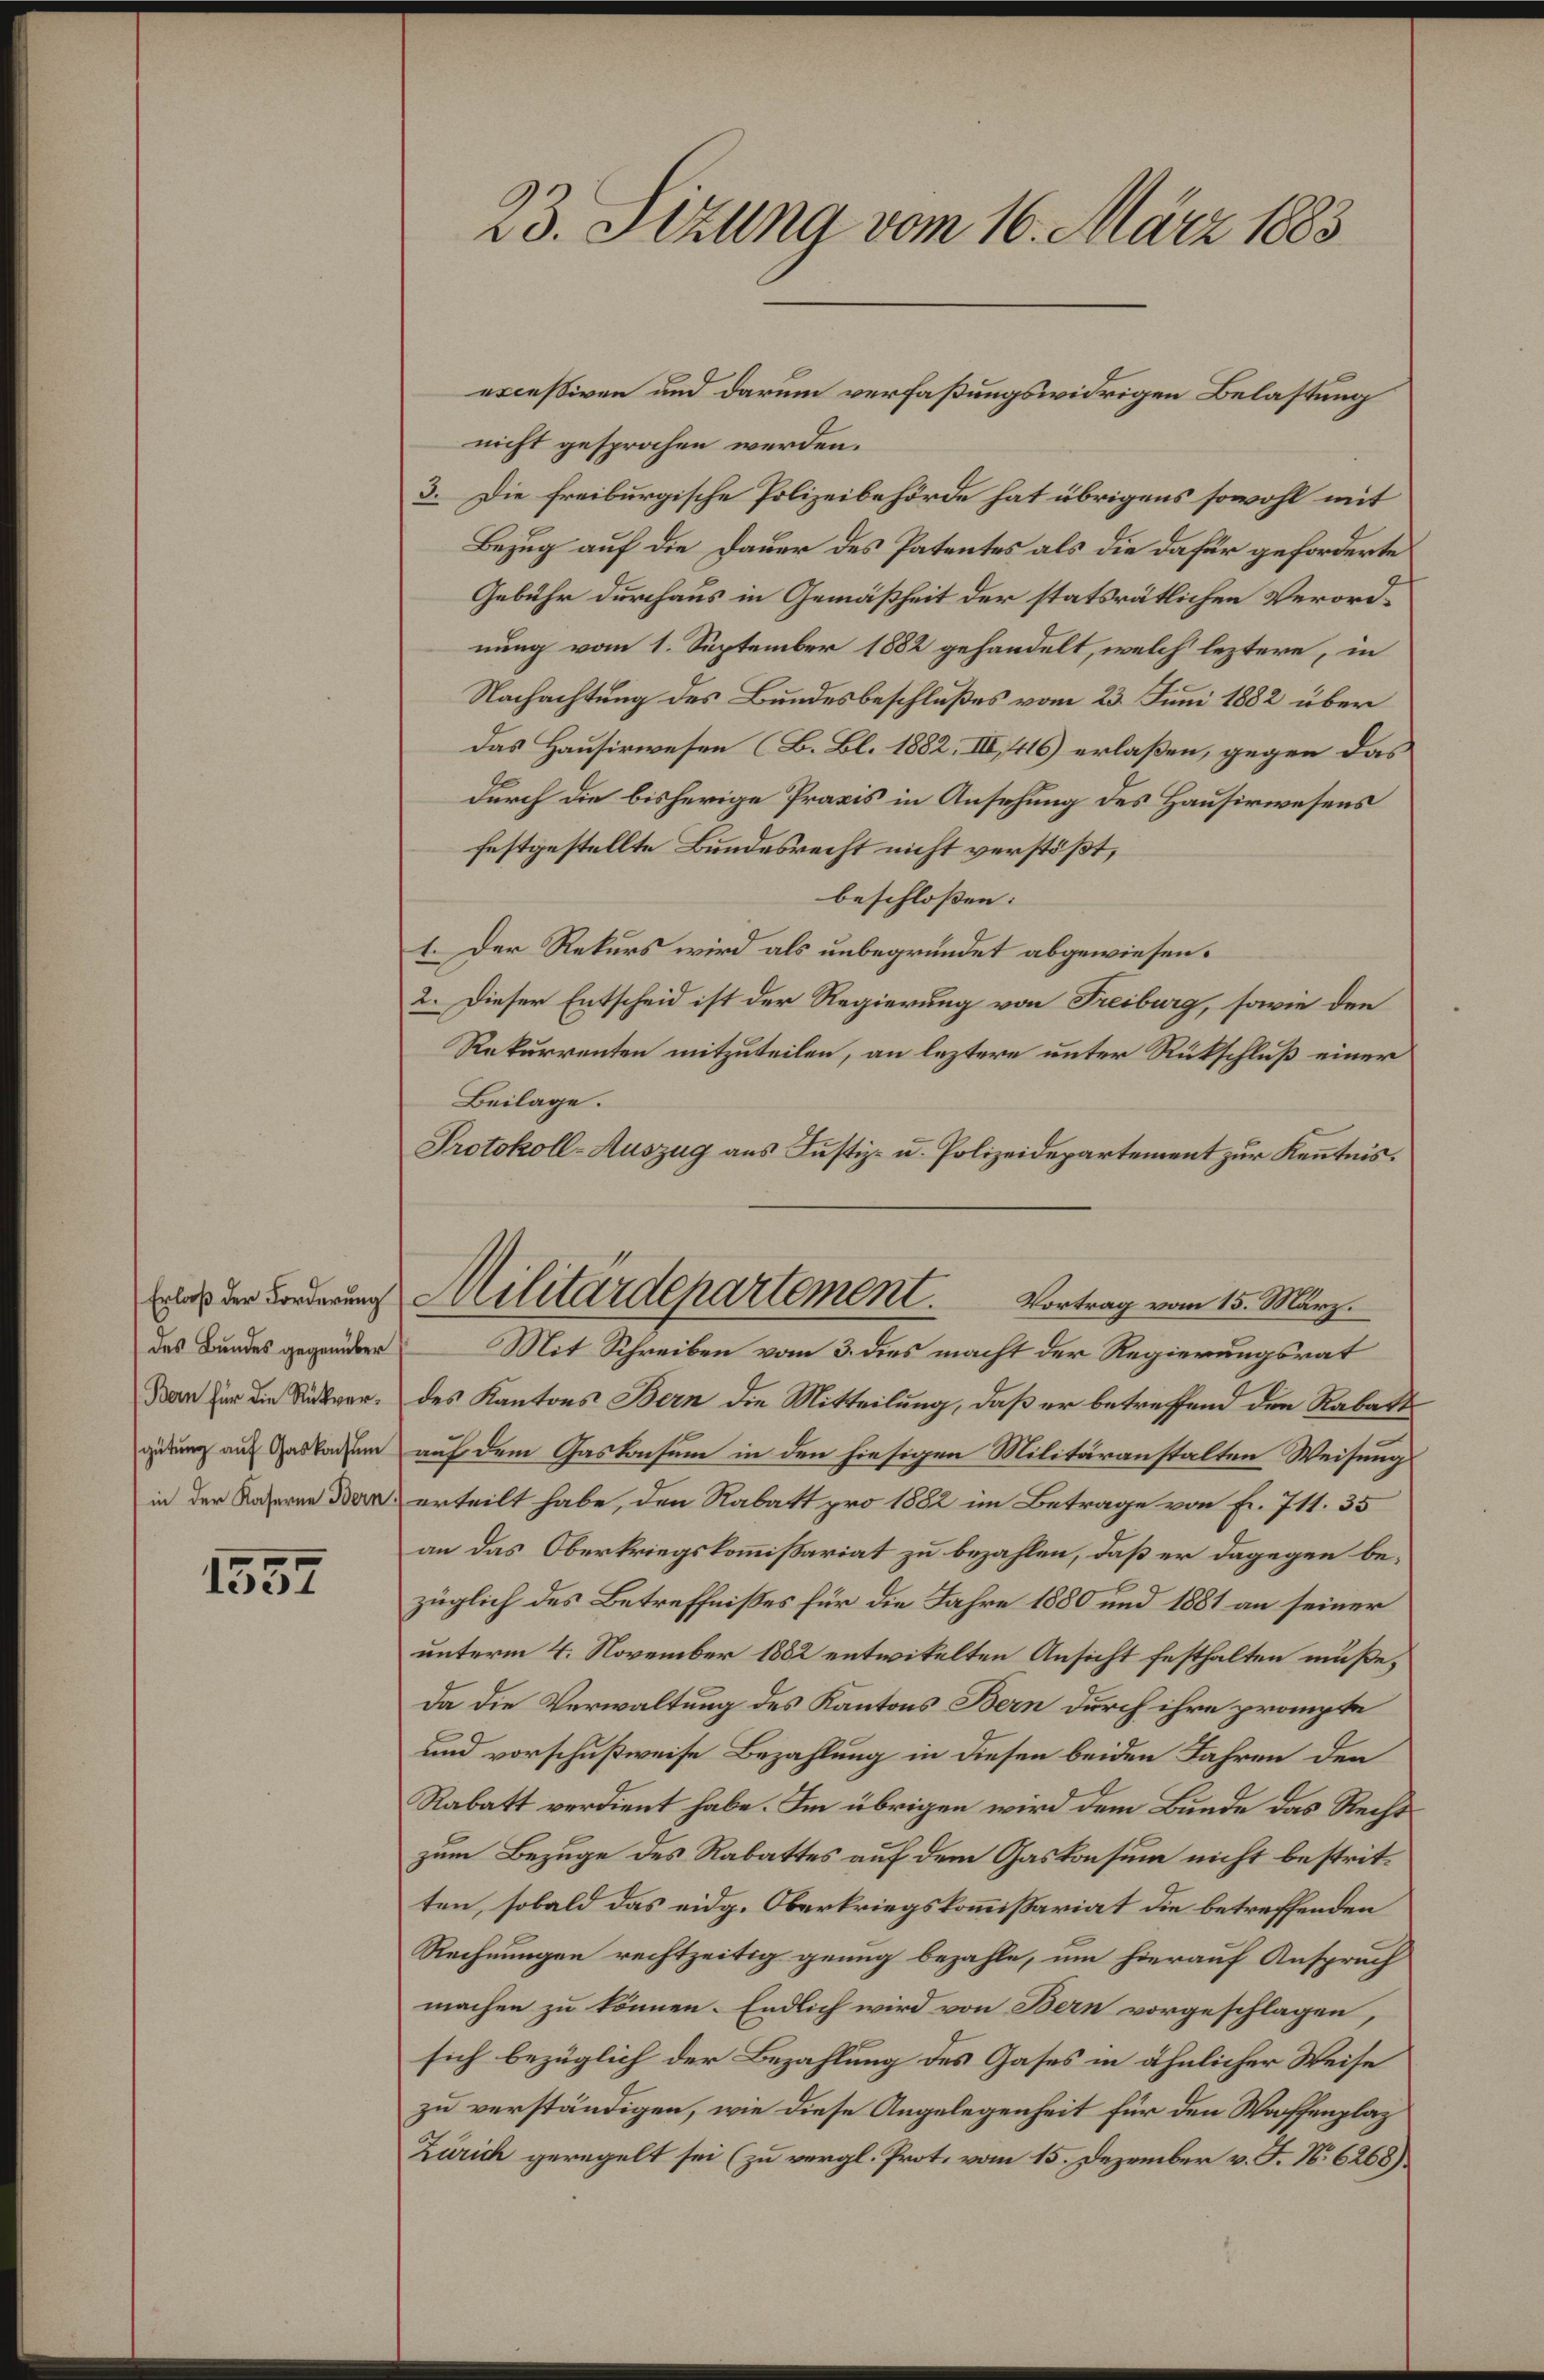
des Bundes gegenüber
(Bern für die Rückvergütung auf Gaskonsum

1557

nicht gesprochen werden.
3. Die freiburgische Polizeibehörde hat übrigens sowohl mit
Bezug auf die Dauer des Patentes als die dafür geforderte
Gebühr durchaus in Gemäßheit der statsrätlichen Verordnung vom 1. September 1882 gehandelt, welch leztere, in
Nachachtung des Bundesbeschlußes vom 23. Juni 1882 über
Das Hausirwesen (B. Bl. 1882, III, 416) erlaßen, gegen das
durch die bisherige Praxis in Ansehung des Hausirwesens
festgestellte Bundesrecht nicht verstößt,
beschlossen: |
1. Der Rekurs wird als unbegründet abgewiesen.
2. Dieser Entscheid ist der Regierung von Freiburg, sowie den
Rekurrenten mitzuteilen, an leztere unter Rückschluß einer
Beilage.
Protokoll-Auszug aus Justiz- u. Polizeidepartement zur Kenntnis.
Vortrag vom 15. März.
Mit Schreiben vom 3. dies macht der Regierungsrat
des Kantons Bern die Mitteilung, daß er betreffend den Rabatt
auf dem Gaskonsum in den hiesigen Militäranstalten Weisung
in der Kaserne der erteilt habe, den Rabatt pro 1882 im Betrage von Fr. 711. 35
an das Oberkriegskommißariat zu bezahlen, daß er dagegen bezüglich des Betreffnißes für die Jahre 1880 und 1881 an seiner
unterm 4. November 1882 entwitelten Ansicht festhalten müße,
Da die Verwaltung des Kantons Bern durch ihre prompte
und vorschußweise Bezahlung in diesen beiden Jahren den
Rabatt verdient habe. Im übrigen wird dem Bunde das Recht
zum Bezuge des Rabattes auf dem Gaskonsum nicht bestritten, sobald das eidg. Oberkriegskommißariat die betreffenden
Rechnungen rechtzeitig genug bezahle, um hierauf Anspruch
machen zu können. Endlich wird von Bern vorgeschlagen,
sich bezüglich der Bezahlung des Gases in ähnlicher Weise
zu verständigen, wie diese Angelegenheit für den Waffenplaz
Zürich geregelt sei (zu vergl. Prot. vom 15. Dezember v. J. N. 6268).

23. Sizung vom 16. März 1883

excessiven und darum verfaßungswidrigen Belastung

ins der Forderung Militärdepartement.